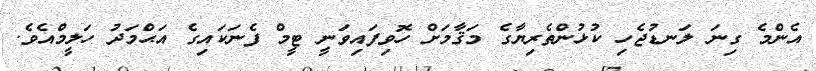
އެންމެ ގިނަ ލަނޑުޖެހި ކުޅުންތެރިޔާގެ މަޤާމަށް ހޮވިފައިވަނީ ޓީމް ފެނަކައިގެ އަޙްމަދު ހަލީމްއެވެ.